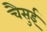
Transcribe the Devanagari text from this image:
चैसुई